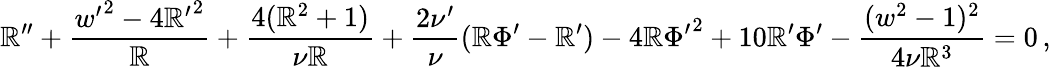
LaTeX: \mathbb{R}^{\prime\prime}+\frac{{{w^{\prime}}^{2}-4{\mathbb{R}^{\prime}}^{2}}}{{\mathbb{R}}}+\frac{{4(\mathbb{R}^{2}+1)}}{{\nu\mathbb{R}}}+\frac{{2\nu^{\prime}}}{{\nu}}(\mathbb{R}\Phi^{\prime}-\mathbb{R}^{\prime})-4\mathbb{R}{\Phi^{\prime}}^{2}+10\mathbb{R}^{\prime}\Phi^{\prime}-\frac{{(w^{2}-1)^{2}}}{{4\nu\mathbb{R}^{3}}}=0\, ,